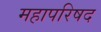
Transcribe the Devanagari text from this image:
महापरिषद